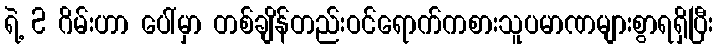
ရဲ့ 2 ဂိမ်းဟာ ပေါ်မှာ တစ်ချိန်တည်းဝင်ရောက်ကစားသူပမာဏများစွာရရှိပြီး